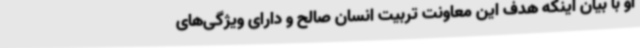
او با بیان اینکه هدف این معاونت تربیت انسان صالح و دارای ویژگی‌های